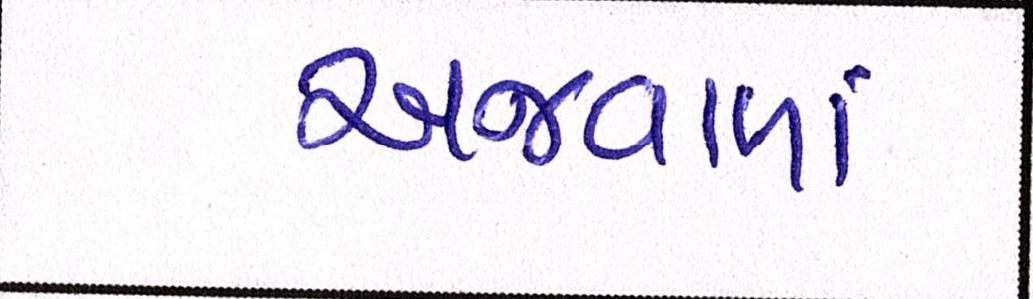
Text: અજવાળાં